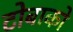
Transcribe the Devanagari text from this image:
टोबाको